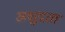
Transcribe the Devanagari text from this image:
अक्षुद्रता